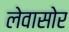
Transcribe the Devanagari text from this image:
लेवासोर